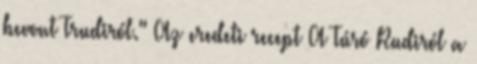
bevont Trudiról." Az eredeti recept A Túró Rudiról a